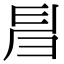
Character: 𢑚